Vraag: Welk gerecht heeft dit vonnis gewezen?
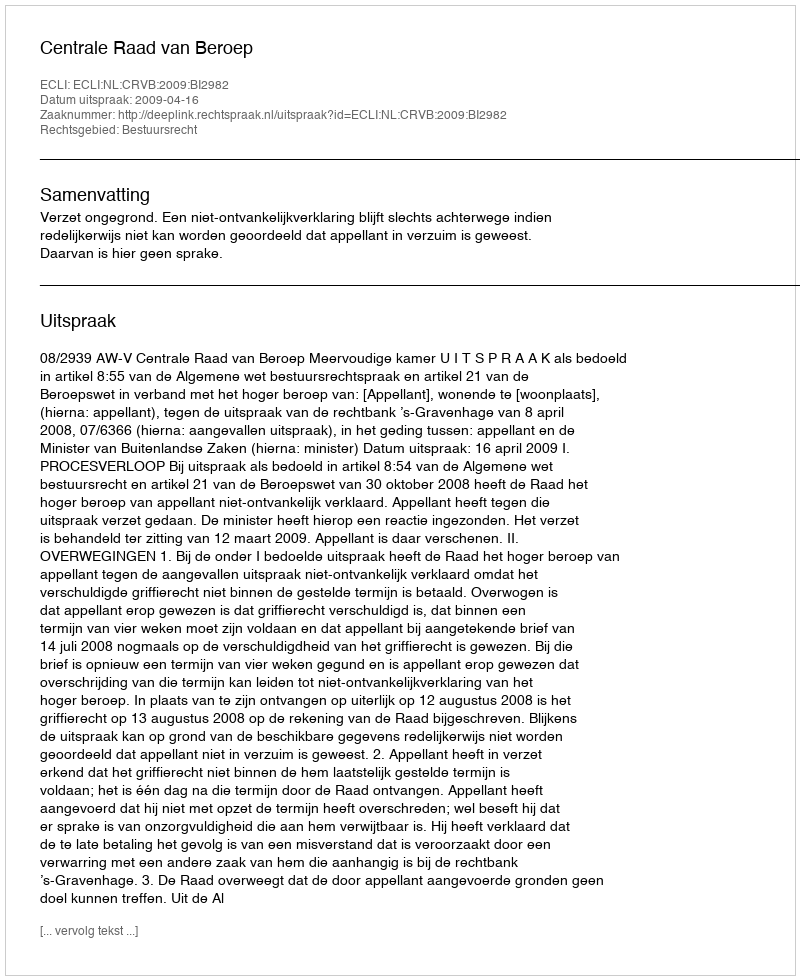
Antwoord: Centrale Raad van Beroep